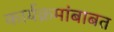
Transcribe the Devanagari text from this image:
कार्यक्रमांबाबत